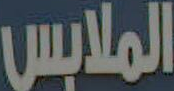
الملابس